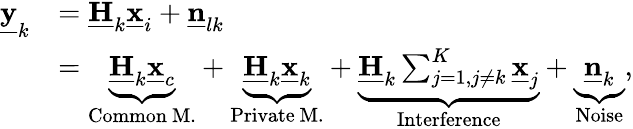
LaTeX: \begin{array}{rl}{\underline{{\mathbf{y}}}_{k}}&{=\underline{{\mathbf{H}}}_{k}\underline{{\mathbf{x}}}_{i}+\underline{{\mathbf{n}}}_{lk}}\\ &{=\underbrace{\underline{{\mathbf{H}}}_{k}\underline{{\mathbf{x}}}_{c}}_{\mathrm{Common~M.}}+\underbrace{\underline{{\mathbf{H}}}_{k}\underline{{\mathbf{x}}}_{k}}_{\mathrm{Private~M.}}+\underbrace{\underline{{\mathbf{H}}}_{k}\sum_{j=1,j\neq k}^{K}\underline{{\mathbf{x}}}_{j}}_{\mathrm{Interference}}+\underbrace{\underline{{\mathbf{n}}}_{k}}_{\mathrm{Noise}},}\end{array}